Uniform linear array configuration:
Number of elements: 4
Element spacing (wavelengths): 0.25
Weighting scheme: exponential
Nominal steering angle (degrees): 0
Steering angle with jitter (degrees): -0.6479
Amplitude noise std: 0.05
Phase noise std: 0.05

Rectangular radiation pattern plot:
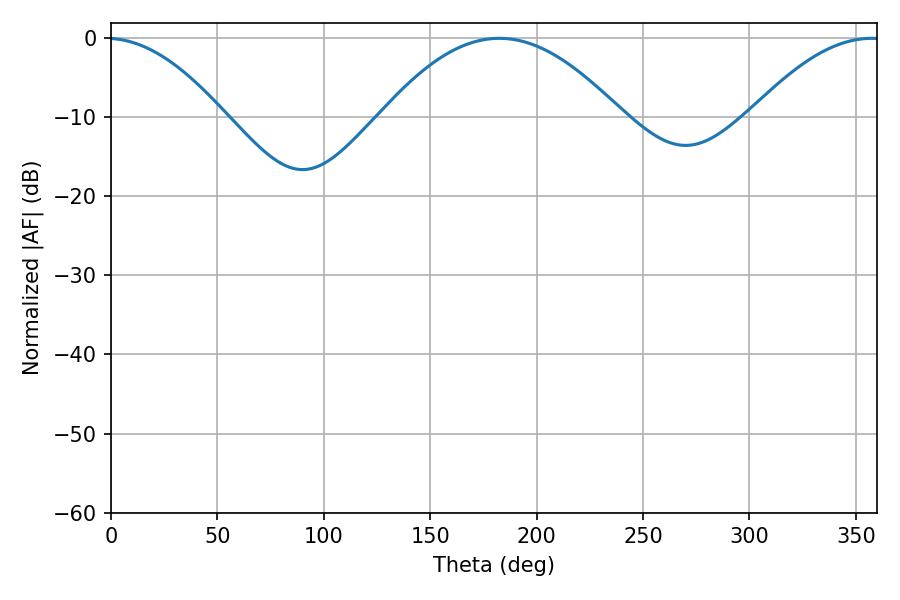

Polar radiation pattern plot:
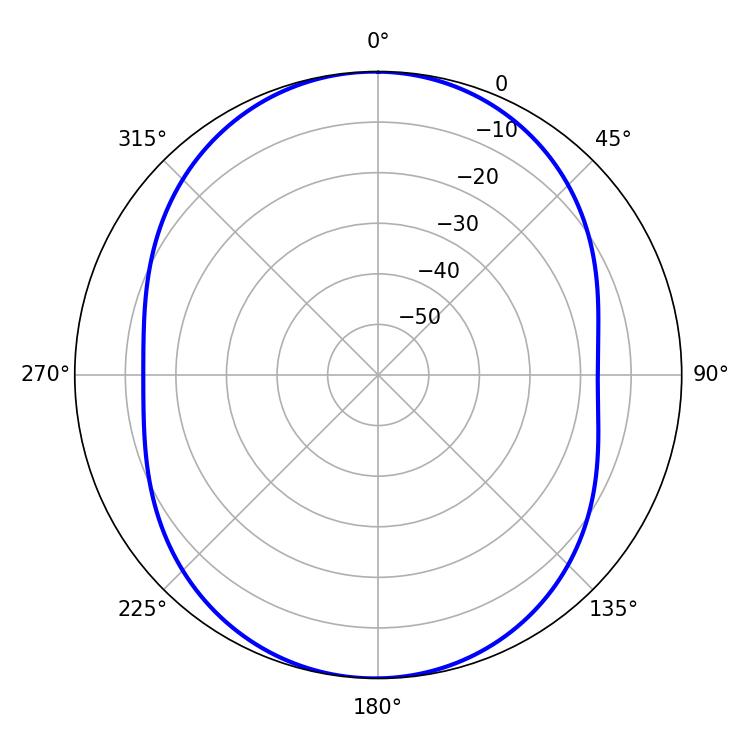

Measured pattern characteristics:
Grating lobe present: FALSE
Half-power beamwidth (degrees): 61.74
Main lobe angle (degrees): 182.52